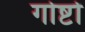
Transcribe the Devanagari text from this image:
गोष्टो